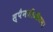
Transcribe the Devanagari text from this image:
स्पैनजीऔसम।